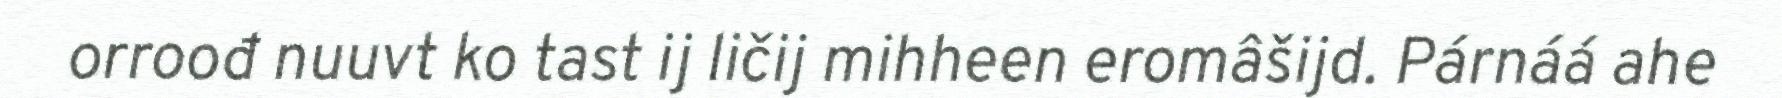
orroođ nuuvt ko tast ij ličij mihheen eromâšijd. Párnáá ahe